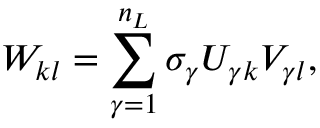
W _ { k l } = \sum _ { \gamma = 1 } ^ { n _ { L } } \sigma _ { \gamma } U _ { \gamma k } V _ { \gamma l } ,